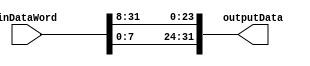
//Modu Kombinacyjny wykonujcy ROTR o 8 bitw.
module NeokeonROTR32by8fun(
	input wire [31:0] inDataWord, //Wejscie 32 bitowe magistrali danych
	output wire [31:0] outputData //Wyjscie 32 bitowe magistrali danych
);


assign outputData = {inDataWord[7:0],inDataWord[31:8]};
endmodule